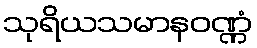
သုရိယသမာနဝဏ္ဏံ